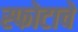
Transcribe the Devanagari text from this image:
स्फोटाचे